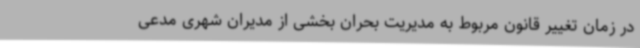
در زمان تغییر قانون مربوط به مدیریت بحران بخشی از مدیران شهری مدعی